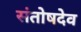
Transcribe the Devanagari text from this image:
संतोषदेव